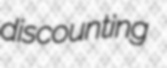
discounting